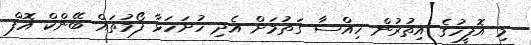
މި އޮފީހުގެ އިތުރުން ހިއްސާ ގަތުމަށް އެދި ހުށަހަޅާ ފޯމުތައް ބޭންކް އޮފް